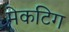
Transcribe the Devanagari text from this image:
मेकटिग